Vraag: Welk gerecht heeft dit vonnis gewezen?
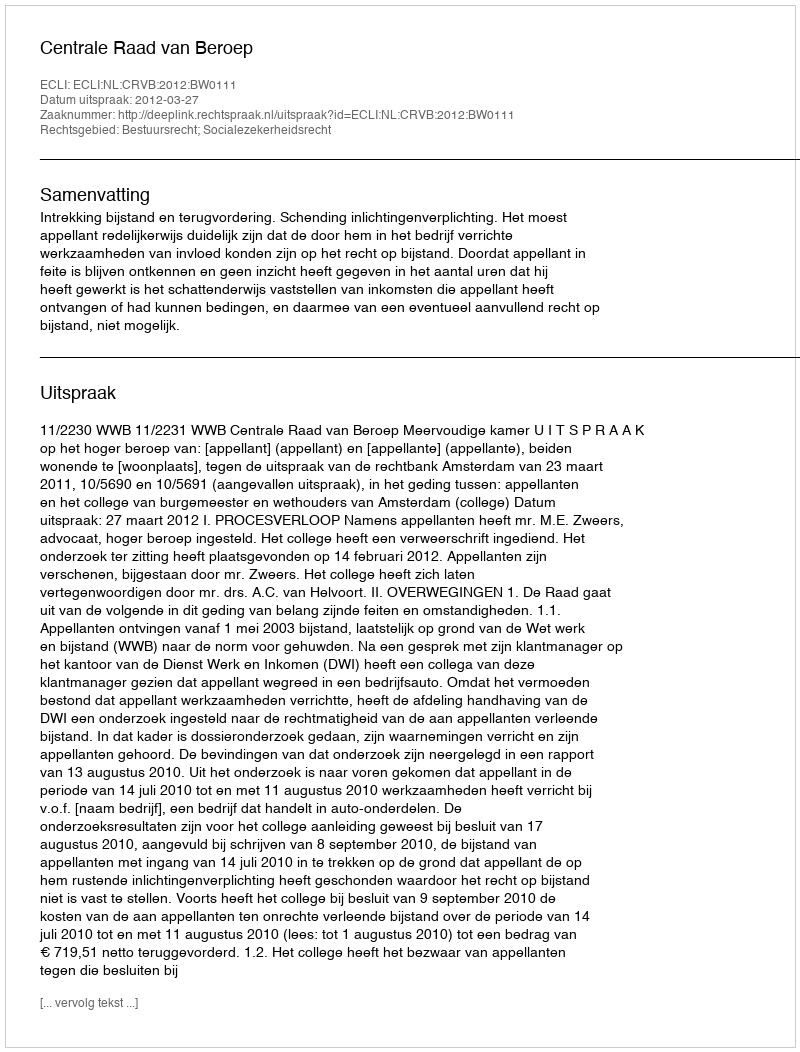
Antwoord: Centrale Raad van Beroep